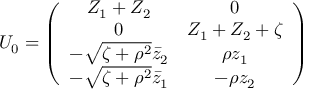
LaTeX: U _ { 0 } = \left( \begin{array} { c c } { { Z _ { 1 } + Z _ { 2 } } } & { { 0 } } \\ { { 0 } } & { { Z _ { 1 } + Z _ { 2 } + \zeta } } \\ { { - \sqrt { \zeta + \rho ^ { 2 } } \bar { z } _ { 2 } } } & { { \rho z _ { 1 } } } \\ { { - \sqrt { \zeta + \rho ^ { 2 } } \bar { z } _ { 1 } } } & { { - \rho z _ { 2 } } } \end{array} \right)